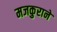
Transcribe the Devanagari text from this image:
मजकुराने